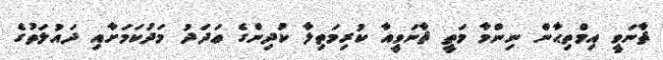
ޘާނަވީ އިމްތިޙާން ނިންމާ މަތީ ޘާނަވީއާ ކުރިމަތިލާ ކުދިންގެ ޢަދަދު މަދުކަމަށާއި ދައުލަތުގެ